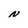
Character: N